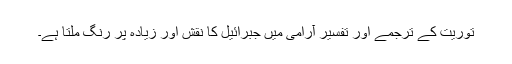
توریت کے ترجمے اور تفسیر آرامی میں جبرائیل کا نقش اور زیادہ پُر رنگ ملتا ہے۔